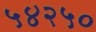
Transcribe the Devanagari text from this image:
५४२५०